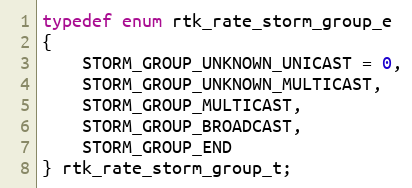
Language: C
typedef enum rtk_rate_storm_group_e
{
    STORM_GROUP_UNKNOWN_UNICAST = 0,
    STORM_GROUP_UNKNOWN_MULTICAST,
    STORM_GROUP_MULTICAST,
    STORM_GROUP_BROADCAST,
    STORM_GROUP_END
} rtk_rate_storm_group_t;